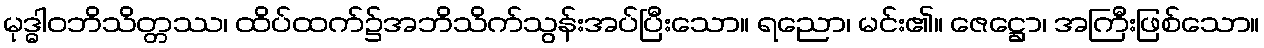
မုဒ္ဓါဝဘိသိတ္တဿ၊ ထိပ်ထက်၌အဘိသိက်သွန်းအပ်ပြီးသော။ ရညော၊ မင်း၏။ ဇေဋ္ဌော၊ အကြီးဖြစ်သော။